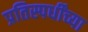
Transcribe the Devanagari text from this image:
प्रतिस्पर्धींच्या